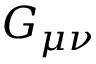
G _ { \mu \nu }